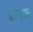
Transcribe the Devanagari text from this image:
जांजूआ